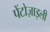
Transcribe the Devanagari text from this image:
पेंटोज़ाइली